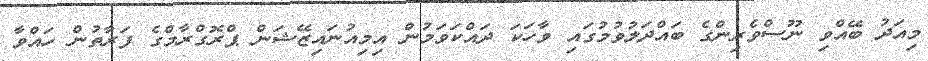
މިއަދު ބޭއްވި ނޫސްވެރިންގެ ބައްދަލުވުމުގައި ވާހަކަ ދައްކަވަމުން އިމިއުނައިޒޭޝަން ޕްރޮގްރާމްގެ ފަރާތުން ހައްވާ